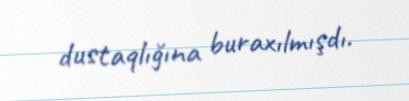
dustaqlığına buraxılmışdı.